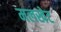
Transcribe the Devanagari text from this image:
मलखेट